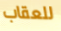
للعقاب